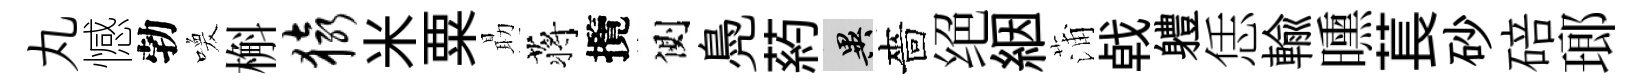
丸憾勃喚槲猿米粟朂蒋攬側鳧葯异嗇绝絪蒲㦸軆恁輸曛萇砂碚瑯